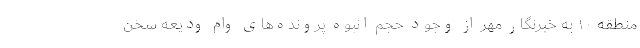
منطقه ۱۰ به خبرنگار مهر از وجود حجم انبوه پرونده‌های وام ودیعه سخن